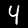
Digit: 4